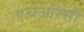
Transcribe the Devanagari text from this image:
एचआरसी